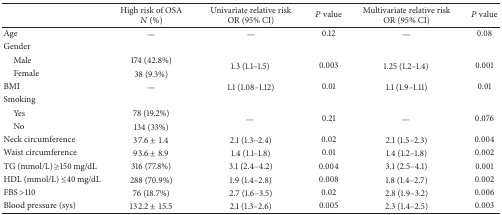
|  | High risk of OSAN (%) | Univariate relative risk OR (95% CI) | P value | Multivariate relative risk OR (95% CI) | P value |
 | --- | --- | --- | --- | --- | --- |
 | Age | — | — | 0.12 | — | 0.08 |
 | Gender |  |  |  |  |  |
 | Male | 174 (42.8%) | <ROWSPAN=2> 1.3 (1.1–1.5) | <ROWSPAN=2> 0.003 | <ROWSPAN=2> 1.25 (1.2–1.4) | <ROWSPAN=2> 0.001 |
 | Female | 38 (9.3%) |
 | BMI | — | 1.1 (1.08–1.12) | 0.01 | 1.1 (1.9–1.11) | 0.01 |
 | Smoking |  |  |  |  |  |
 | Yes | 78 (19.2%) | <ROWSPAN=2> — | <ROWSPAN=2> 0.21 | <ROWSPAN=2> — | <ROWSPAN=2> 0.076 |
 | No | 134 (33%) |
 | Neck circumference | 37.6 ± 1.4 | 2.1 (1.3–2.4) | 0.02 | 2.1 (1.5–2.3) | 0.004 |
 | Waist circumference | 93.6 ± 8.9 | 1.4 (1.1–1.8) | 0.01 | 1.4 (1.2–1.8) | 0.002 |
 | TG (mmol/L) ≥150 mg/dL | 316 (77.8%) | 3.1 (2.4–4.2) | 0.004 | 3.1 (2.5–4.1) | 0.001 |
 | HDL (mmol/L) ≤40 mg/dL | 288 (70.9%) | 1.9 (1.4–2.8) | 0.008 | 1.8 (1.4–2.7) | 0.002 |
 | FBS >110 | 76 (18.7%) | 2.7 (1.6–3.5) | 0.02 | 2.8 (1.9–3.2) | 0.006 |
 | Blood pressure (sys) | 132.2 ± 15.5 | 2.1 (1.3–2.6) | 0.005 | 2.3 (1.4–2.5) | 0.003 |